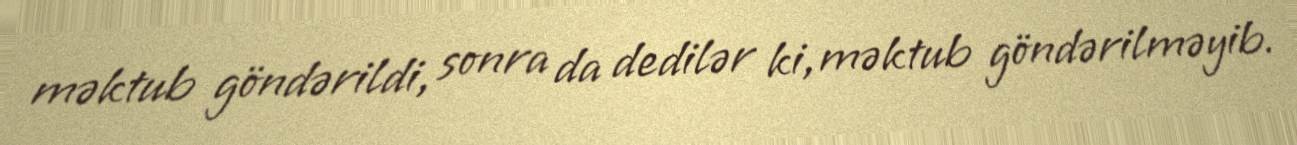
məktub göndərildi, sonra da dedilər ki, məktub göndərilməyib.